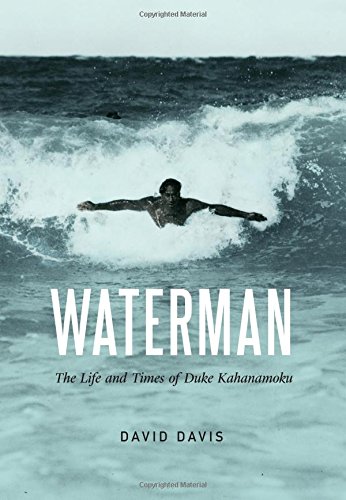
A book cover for Waterman: The Life and Times of Duke Kahanamoku; David Davis; Biographies & Memoirs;